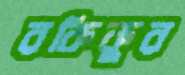
রকিকুর